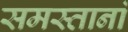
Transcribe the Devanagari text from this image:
समस्तानां